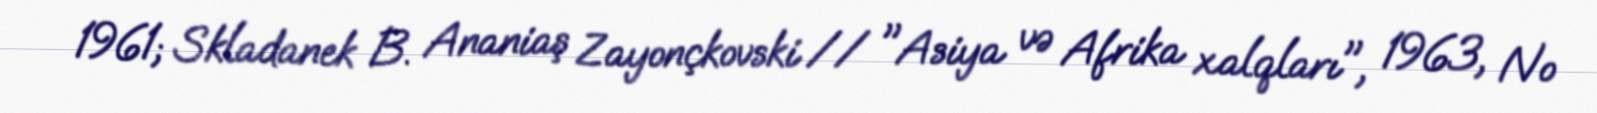
1961; Skladanek B. Ananiaş Zayonçkovski // "Asiya və Afrika xalqları", 1963, №